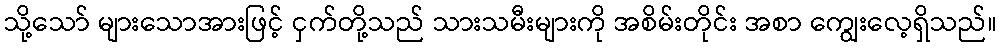
သို့သော် များသောအားဖြင့် ငှက်တို့သည် သားသမီးများကို အစိမ်းတိုင်း အစာ ကျွေးလေ့ရှိသည်။